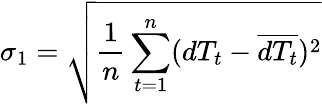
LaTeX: \sigma_{1}=\sqrt{\frac{1}{n}\sum_{t=1}^{n}(dT_{t}-\overline{{dT_{t}}})^{2}}